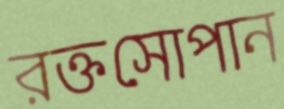
রক্তসোপান